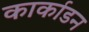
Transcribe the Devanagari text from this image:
कार्काडन